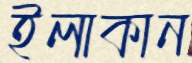
ইলাকান